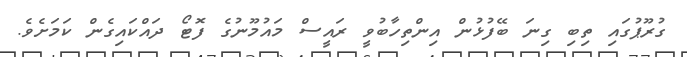
ގުރޫޕުގައި ތިބި ގިނަ ބޭފުޅުން އިންތިހާބުވީ ރައީސް މައުމޫނުގެ ފޮޓޯ ދައްކައިގެން ކަމަށެވެ.